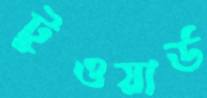
টুওয়ার্ড